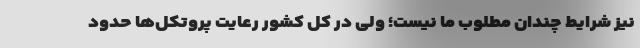
نیز شرایط چندان مطلوب ما نیست؛ ولی در کل کشور رعایت پروتکل‌ها حدود